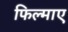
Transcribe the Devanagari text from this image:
फिल्‍माए